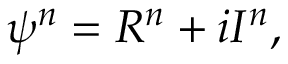
\psi ^ { n } = { \cal R } ^ { n } + i { \cal I } ^ { n } ,